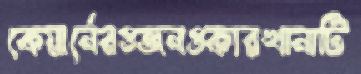
কেয়ার্নেরওজনওকারখানাটি